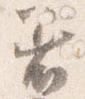
着